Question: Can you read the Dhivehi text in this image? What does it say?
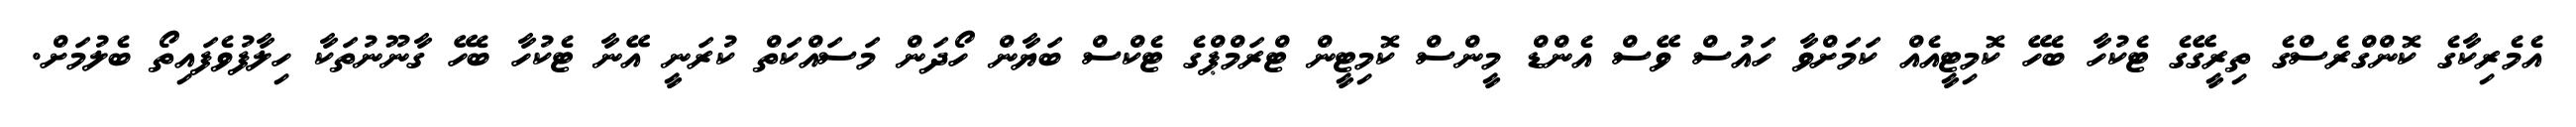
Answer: އެމެރިކާގެ ކޮންގްރެސްގެ ތިރީގޭގެ ޓެކުހާ ބެހޭ ކޮމިޓީއެއް ކަމަށްވާ ހައުސް ވޭސް އެންޑް މީންސް ކޮމިޓީން ޓްރަމްޕްގެ ޓެކްސް ބަޔާން ހޯދަން މަސައްކަތް ކުރަނީ އޭނާ ޓެކުހާ ބެހޭ ގާނޫނުތަކާ ހިލާފުވެފައިތޯ ބެލުމަށް.